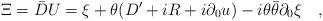
LaTeX: \begin{align*}\Xi = \bar{D} U = \xi + \theta (D'+i R + i\partial_0 u) -i \theta\bar{\theta} \partial_0 \xi\quad,\end{align*}